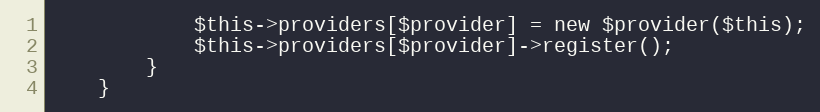
Language: PHP
			$this->providers[$provider] = new $provider($this);
			$this->providers[$provider]->register();
		}
	}